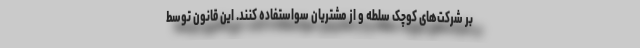
بر شرکت‌های کوچک سلطه و از مشتریان سواستفاده کنند. این قانون توسط